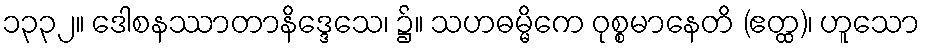
၁၃၃၂။ ဒေါစနဿာတာနိဒ္ဒေသေ၊ ၌။ သဟဓမ္မိကေ ဝုစ္စမာနေတိ (ဧတ္ထ)၊ ဟူသော